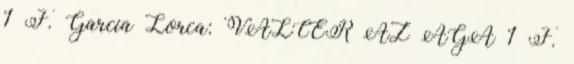
1 F. García Lorca: VALCER AZ ÁGA 1 F.